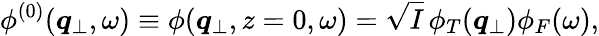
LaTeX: \phi^{(0)}({\boldsymbol{q}}_{\perp},\omega)\equiv\phi({\boldsymbol{q}}_{\perp},z=0,\omega)=\sqrt{I}\, \phi_{T}({\boldsymbol{q}}_{\perp})\phi_{F}(\omega),